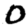
Digit: 0